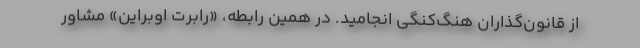
از قانون‌گذاران هنگ‌کنگی انجامید. در همین رابطه، «رابرت اوبراین» مشاور